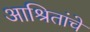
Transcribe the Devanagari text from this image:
आश्रितांचे